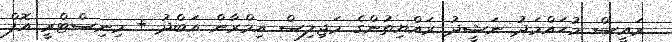
ރައީސް މުހައްމަދު ނަޝީދު ރައްޔިތުންގެ މަޖިލިސް އިމްރާން އަބްދު + މިނިސްޓްރީ އޮފް